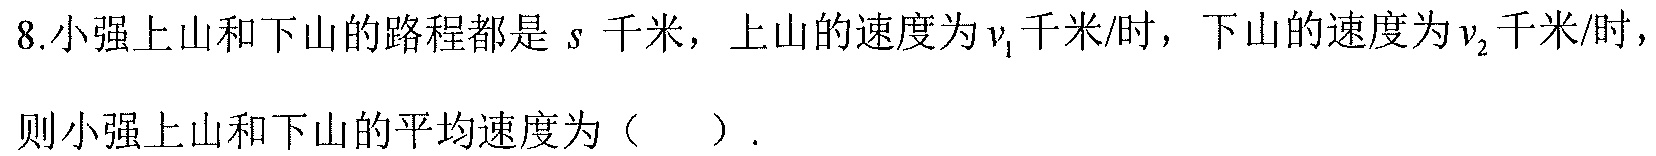
8.小强上山和下山的路程都是\(s\)千米，上山的速度为\(v_{1}\)千米/时，下山的速度为\(v_{2}\)千米/时，则小强上山和下山的平均速度为（  ）.